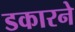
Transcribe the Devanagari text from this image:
डकारने